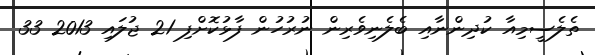
ތެލެސީމިއާ ކުދިންނާއި ބެލެނިވެރިން ނުރުހުން ފާޅުކޮށްފި 21 ޖުލައި 2013 33